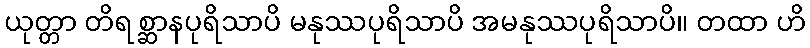
ယုတ္တာ တိရစ္ဆာနပုရိသာပိ မနုဿပုရိသာပိ အမနုဿပုရိသာပိ။ တထာ ဟိ